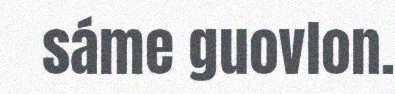
sáme guovlon.